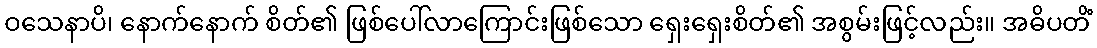
ဝသေနာပိ၊ နောက်နောက် စိတ်၏ ဖြစ်ပေါ်လာကြောင်းဖြစ်သော ရှေးရှေးစိတ်၏ အစွမ်းဖြင့်လည်း။ အဓိပတိံ